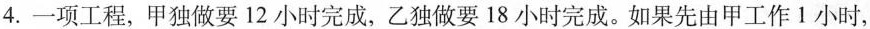
4.一项工程，甲独做要12小时完成，乙独做要18小时完成。如果先由甲工作1小时，